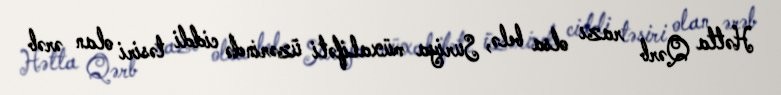
Hətta Qərb razı olsa belə, Suriya müxalifəti üzərində ciddi təsiri olan ərəb